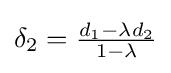
\delta _{2}={\tfrac {d_{1}-\lambda d_{2}}{1-\lambda }}